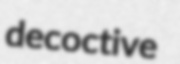
decoctive